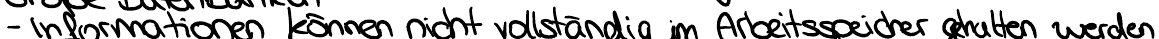
- Informationen können nicht vollständig im Arbeitsspeicher gehalten werden